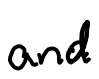
Text: and
Cross-out: clean
Writing tool: digital_black